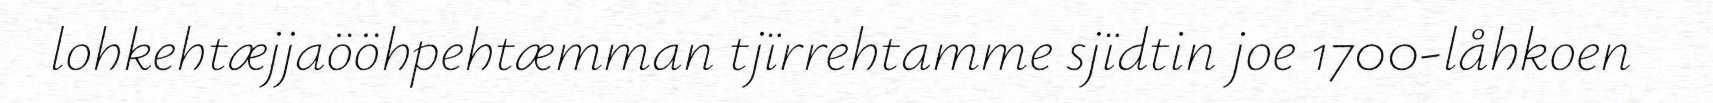
lohkehtæjjaööhpehtæmman tjïrrehtamme sjïdtin joe 1700-låhkoen